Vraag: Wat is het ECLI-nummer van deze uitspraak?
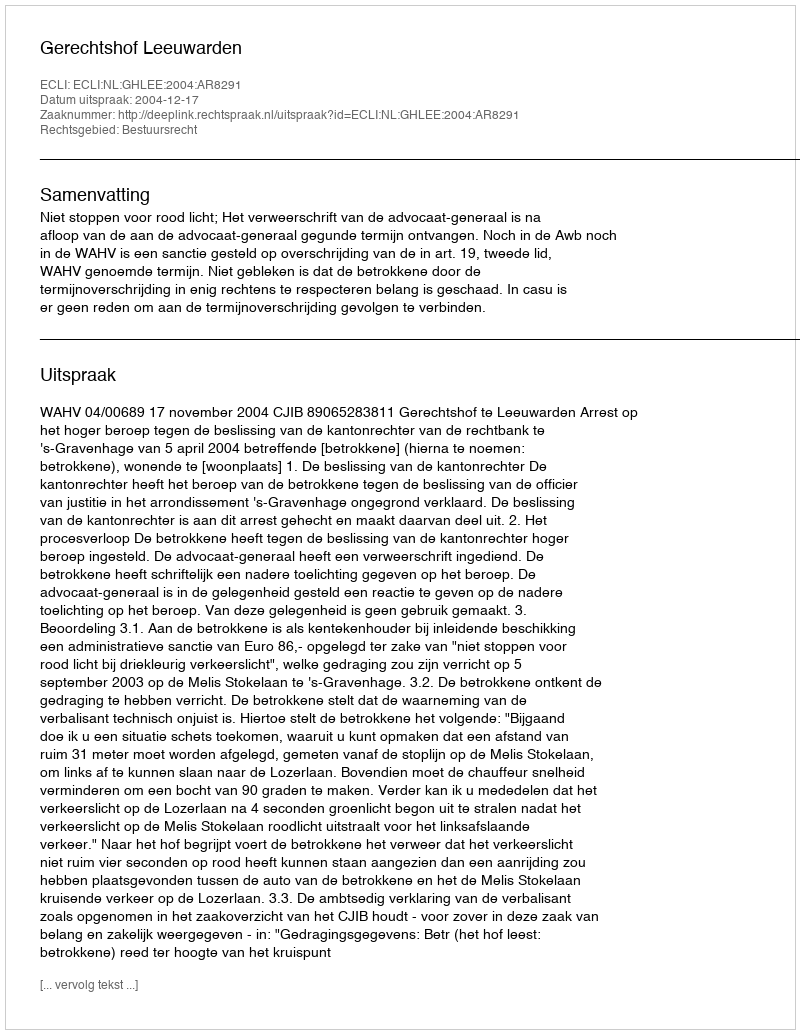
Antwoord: ECLI:NL:GHLEE:2004:AR8291